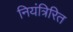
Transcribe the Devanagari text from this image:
नियंत्रिरित